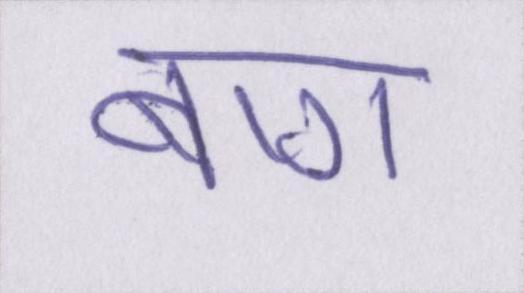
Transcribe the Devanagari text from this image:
बाग